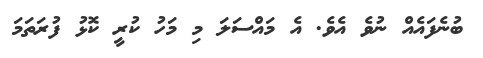
ބުނެފައެއް ނުވެ އެވެ. އެ މައްސަލަ މި މަހު ކުރީ ކޮޅު ފުރަތަމަ